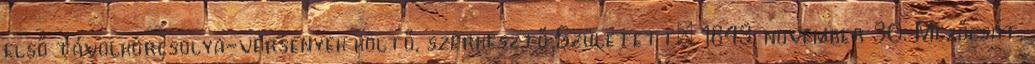
első távolkorcsolya-versenyek költő, szerkesztő Született: 1843. november 30. Mezőcsát,